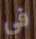
في